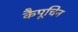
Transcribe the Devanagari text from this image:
कैपूचिन